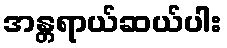
အန္တရာယ်ဆယ်ပါး